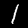
Digit: 1